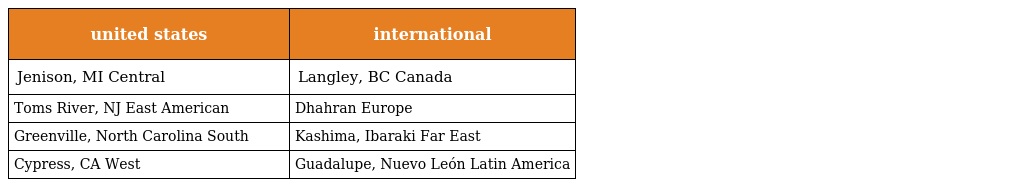
| united states | international |
 | --- | --- |
 | Jenison, MI Central | Langley, BC Canada |
 | Toms River, NJ East American | Dhahran Europe |
 | Greenville, North Carolina South | Kashima, Ibaraki Far East |
 | Cypress, CA West | Guadalupe, Nuevo León Latin America |